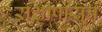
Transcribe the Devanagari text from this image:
राशींपासून